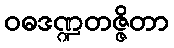
ဝဓဒဏ္ဍတဇ္ဇိတာ